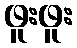
ဖူးဖူး